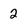
Character: 2